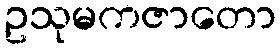
ဥသုမကဇာတော